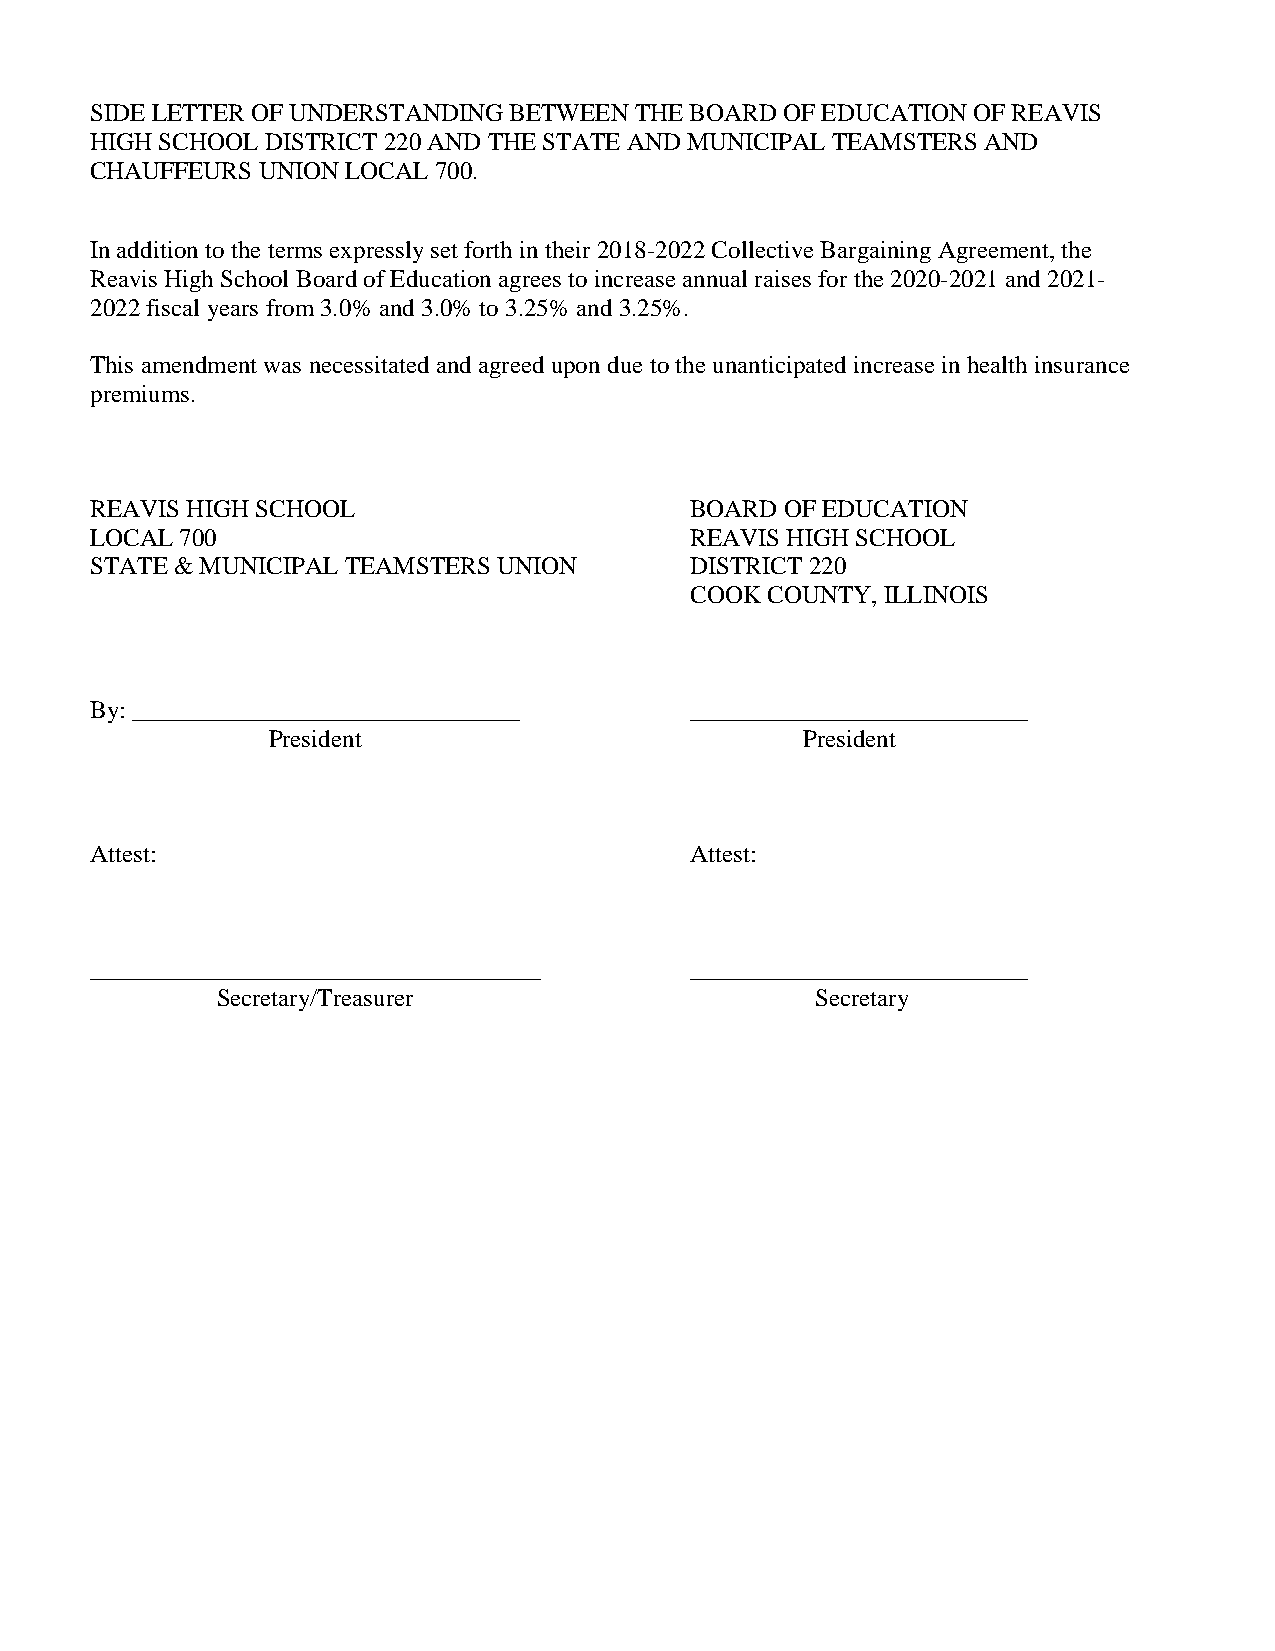
SIDE LETTER OF UNDERSTANDING BETWEEN THE BOARD OF EDUCATION OF REAVIS
 HIGH SCHOOL DISTRICT 220 AND THE STATE AND MUNICIPAL TEAMSTERS AND
 CHAUFFEURS UNION LOCAL 700.
 In addition to the terms expressly set forth in their 2018-2022 Collective Bargaining Agreement, the
 Reavis High School Board of Education agrees to increase annual raises for the 2020-2021 and 2021-
 2022 fiscal years from 3.0% and 3.0% to 3.25% and 3.25%.
 This amendment was necessitated and agreed upon due to the unanticipated increase in health insurance
 premiums.
 REAVIS HIGH SCHOOL                      BOARD OF EDUCATION
 LOCAL 700                               REAVIS HIGH SCHOOL
 STATE & MUNICIPAL TEAMSTERS UNION       DISTRICT 220
 COOK COUNTY, ILLINOIS
 By: _______________________________     ___________________________
 President                          President
 Attest:                                 Attest:
 ____________________________________    ___________________________
 Secretary/Treasurer                     Secretary